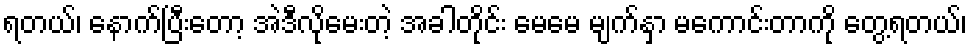
ရတယ်၊ နောက်ပြီးတော့ အဲဒီလိုမေးတဲ့ အခါတိုင်း မေမေ မျက်နှာ မကောင်းတာကို တွေ့ရတယ်၊